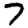
Digit: 7